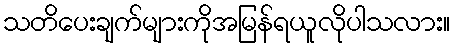
သတိပေးချက်များကိုအမြန်ရယူလိုပါသလား။